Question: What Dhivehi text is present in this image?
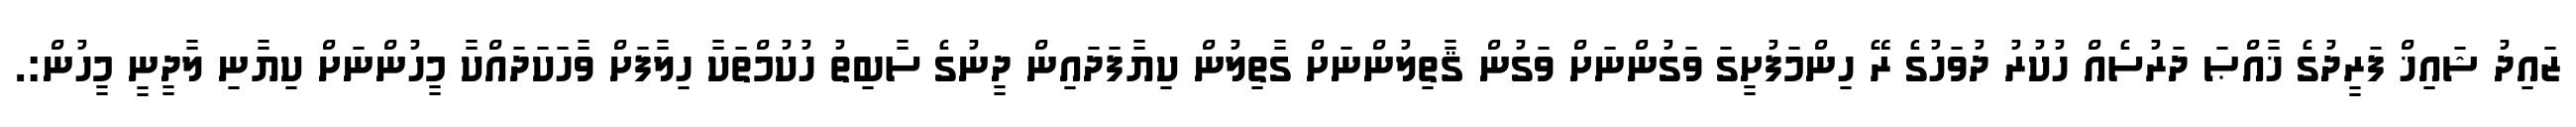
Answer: ޒައިދު ޝައިޚް ފަރީދުގެ ޚާއްޞަ ދަރުސެއް ހުކުރު ދުވަހުގެ ރޭ ހިންމަފުށީގަ ވަގުންނަށް ވަގުން ޤާތިލުންނަށް ގާތިލުން ކިޔާފަދައިން ދީނުގެ ސާބިތު ހުކުމްތަކާ ހިލާފަށް ވާހަކަދައްކާ މީހުންނަށް ކިޔާނި ލާދީނީ މީހުން:.